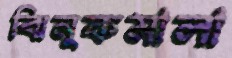
ঝিনুকমালা